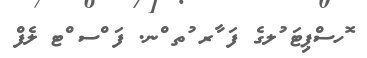
ޮހސްޕިޓަ ުލގެ ފަ ާރ ުތ ްނ. ފަ ްސ ްޓ ލެފް